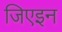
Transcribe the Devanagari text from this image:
जिएइन